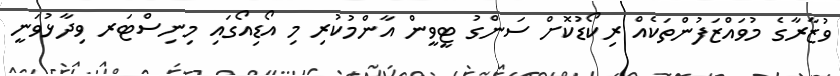
ވުޒާރާގެ މުވައްޒަފުންތަކެއް ރިކޯޑުކޮށް ސަންގު ޓީވީން އާންމުކުރި މި އޯޑިއޯގައި މިނިސްޓަރ ވިދާޅުވަނީ